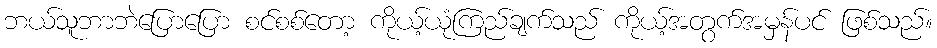
ဘယ်သူဘာဘဲပြောပြော စင်စစ်တော့ ကိုယ့်ယုံကြည်ချက်သည် ကိုယ့်အတွက်အမှန်ပင် ဖြစ်သည်။